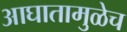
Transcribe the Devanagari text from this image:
आघातामुळेच